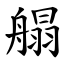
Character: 䑽